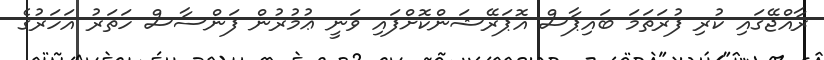
ރާއްޖޭގައި ކުރި ފުރަތަމަ ބައިޕާސް އޮޕަރޭޝަންކޮށްފައި ވަނީ ޢުމުރުން ފަންސާސް ހަތަރު އަހަރުގެ